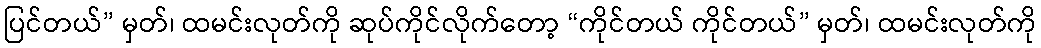
ပြင်တယ်” မှတ်၊ ထမင်းလုတ်ကို ဆုပ်ကိုင်လိုက်တော့ “ကိုင်တယ် ကိုင်တယ်” မှတ်၊ ထမင်းလုတ်ကို